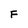
Character: F